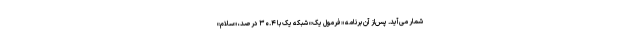
شمار می‌آید. پس‌از آن برنامه «فرمول یک» شبکه یک با ۳۰.۴ درصد، «سلام»